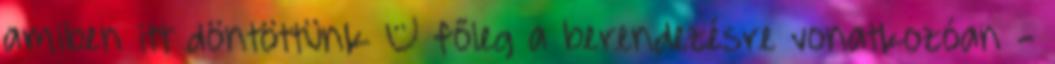
amiben itt döntöttünk – főleg a berendezésre vonatkozóan -